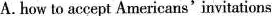
A. how to accept Americans'invitations